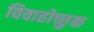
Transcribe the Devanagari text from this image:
विवाहोच्छुक